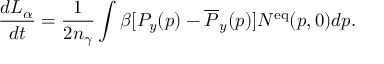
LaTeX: \frac { d L _ { \alpha } } { d t } = \frac { 1 } { 2 n _ { \gamma } } \int \beta [ P _ { y } ( p ) - \overline { { { P } } } _ { y } ( p ) ] N ^ { \mathrm { e q } } ( p , 0 ) d p .